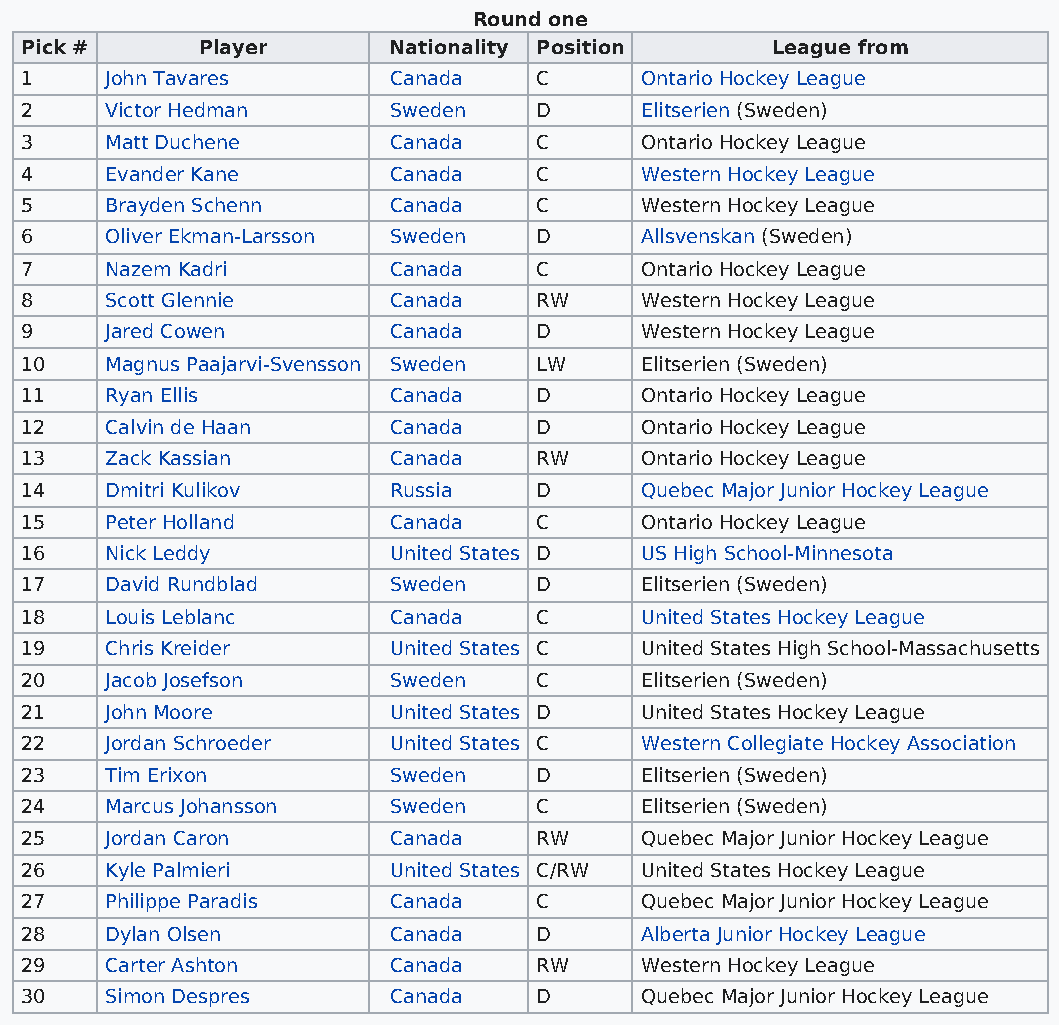
Round one
 Pick #      Player       Nationality Position     League from
 1     John Tavares       Canada   C      Ontario Hockey League
 2     Victor Hedman      Sweden   D      Elitserien (Sweden)
 3     Matt Duchene       Canada   C      Ontario Hockey League
 4     Evander Kane       Canada   C      Western Hockey League
 5     Brayden Schenn     Canada   C      Western Hockey League
 6     Oliver Ekman-Larsson Sweden D      Allsvenskan (Sweden)
 7     Nazem Kadri        Canada   C      Ontario Hockey League
 8     Scott Glennie      Canada   RW     Western Hockey League
 9     Jared Cowen        Canada   D      Western Hockey League
 10    Magnus Paajarvi-Svensson Sweden LW Elitserien (Sweden)
 11    Ryan Ellis         Canada   D      Ontario Hockey League
 12    Calvin de Haan     Canada   D      Ontario Hockey League
 13    Zack Kassian       Canada   RW     Ontario Hockey League
 14    Dmitri Kulikov     Russia   D      Quebec Major Junior Hockey League
 15    Peter Holland      Canada   C      Ontario Hockey League
 16    Nick Leddy         United States D US High School-Minnesota
 17    David Rundblad     Sweden   D      Elitserien (Sweden)
 18    Louis Leblanc      Canada   C      United States Hockey League
 19    Chris Kreider      United States C United States High School-Massachusetts
 20    Jacob Josefson     Sweden   C      Elitserien (Sweden)
 21    John Moore         United States D United States Hockey League
 22    Jordan Schroeder   United States C Western Collegiate Hockey Association
 23    Tim Erixon         Sweden   D      Elitserien (Sweden)
 24    Marcus Johansson   Sweden   C      Elitserien (Sweden)
 25    Jordan Caron       Canada   RW     Quebec Major Junior Hockey League
 26    Kyle Palmieri      United States C/RW United States Hockey League
 27    Philippe Paradis   Canada   C      Quebec Major Junior Hockey League
 28    Dylan Olsen        Canada   D      Alberta Junior Hockey League
 29    Carter Ashton      Canada   RW     Western Hockey League
 30    Simon Despres      Canada   D      Quebec Major Junior Hockey League